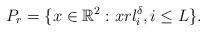
LaTeX: \begin{align*}P_r=\{x\in\mathbb{R}^2:x r l^{\delta}_i,i\leq L \}.\end{align*}